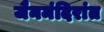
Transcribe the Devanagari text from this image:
जैनमंदिरांत